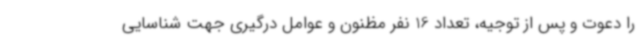
را دعوت و پس از توجیه، تعداد 16 نفر مظنون و عوامل درگیری جهت شناسایی